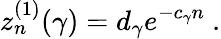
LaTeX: z_{n}^{(1)}(\gamma)=d_{\gamma}e^{-c_{\gamma}n}\ .